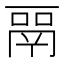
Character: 𬴳